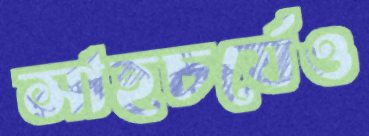
সাহচর্যেও